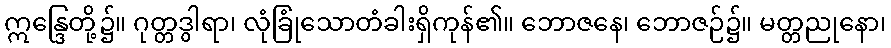
ဣန္ဒြေတို့၌။ ဂုတ္တဒွါရာ၊ လုံခြုံသောတံခါးရှိကုန်၏။ ဘောဇနေ၊ ဘောဇဉ်၌။ မတ္တညုနော၊